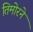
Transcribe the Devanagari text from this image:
तिमोरने